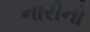
નારીનો